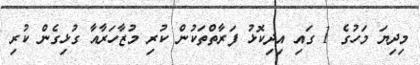
މިދިޔަ މަހުގެ 1 ގައި އިދިކޮޅު ފަރާތްތަކުން ކުރި މުޒާހަރާއާ ގުޅިގެން ކުރި